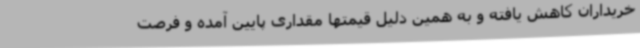
خریداران کاهش یافته و به همین دلیل قیمتها مقداری پایین آمده و فرصت